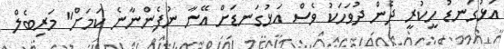
އަޅުގަނޑު ހީކުރީ ދެން ދުވަހަކު ވެސް އަޅުގަނޑަށް އޭނާ ނުފެންނާނެ ކަމަށް" މަރިބެލް